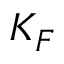
K _ { F }